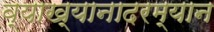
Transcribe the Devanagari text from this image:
व्याख्यानादरम्यान